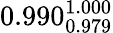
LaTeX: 0.990_{0.979}^{1.000}